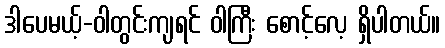
ဒါပေမယ့်-ဝါတွင်းကျရင် ဝါကြီး စောင့်လေ့ ရှိပါတယ်။